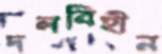
দলবিহীন